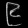
Digit: ၉